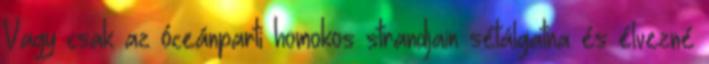
Vagy csak az óceánparti homokos strandjain sétálgatna és élvezné